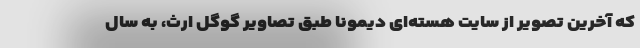
که آخرین تصویر از سایت هسته‌ای دیمونا طبق تصاویر گوگل ارث، به سال